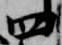
四